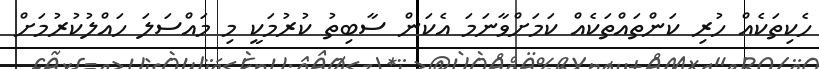
ހެކިތަކެއް ހުރި ކަންތައްތަކެއް ކަމަށްވާނަމަ އެކަން ސާބިތު ކުރުމަކީ މި މައްސަލަ ހައްލުކުރުމަށް